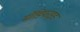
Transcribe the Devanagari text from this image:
र्मोडिफाइड